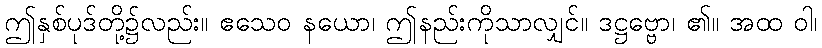
ဤနှစ်ပုဒ်တို့၌လည်း။ ဧသေဝ နယော၊ ဤနည်းကိုသာလျှင်။ ဒဋ္ဌဗ္ဗော၊ ၏။ အထ ဝါ၊